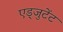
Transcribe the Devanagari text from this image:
एड्जुटेंट